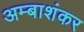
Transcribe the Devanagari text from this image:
अम्बाशंकर